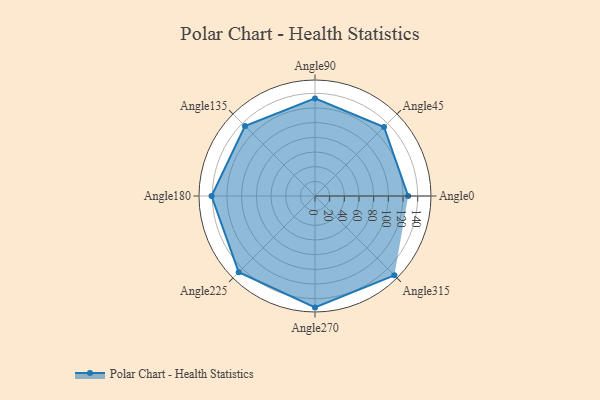
{"axis": {"x": "Angle", "y": "Radius"}, "legend": [""], "data": [{"x": "Angle0", "y": 127.0, "type": ""}, {"x": "Angle45", "y": 133.0, "type": ""}, {"x": "Angle90", "y": 133.0, "type": ""}, {"x": "Angle135", "y": 135.0, "type": ""}, {"x": "Angle180", "y": 141.0, "type": ""}, {"x": "Angle225", "y": 147.0, "type": ""}, {"x": "Angle270", "y": 152.0, "type": ""}, {"x": "Angle315", "y": 153.0, "type": ""}]}